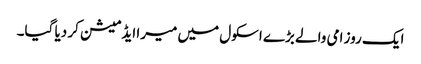
ایک روز امی والے بڑے اسکول میں میرا ایڈمیشن کر دیا گیا۔